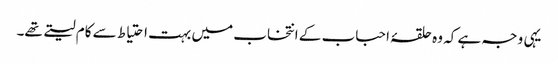
یہی وجہ ہے کہ وہ حلقۂ احباب کے انتخاب میں بہت احتیاط سے کام لیتے تھے۔